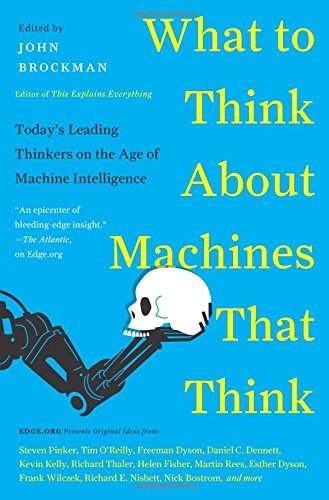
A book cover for What to Think About Machines That Think: Today's Leading Thinkers on the Age of Machine Intelligence; John Brockman; Computers & Technology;